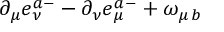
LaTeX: \partial _ { \mu } e _ { \nu } ^ { a - } - \partial _ { \nu } e _ { \mu } ^ { a - } + \omega _ { \mu \, b }